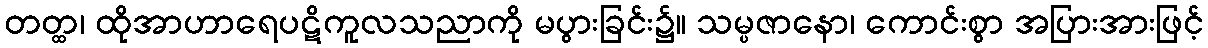
တတ္ထ၊ ထိုအာဟာရေပဋိကူလသညာကို မပွားခြင်း၌။ သမ္ပဇာနော၊ ကောင်းစွာ အပြားအားဖြင့်